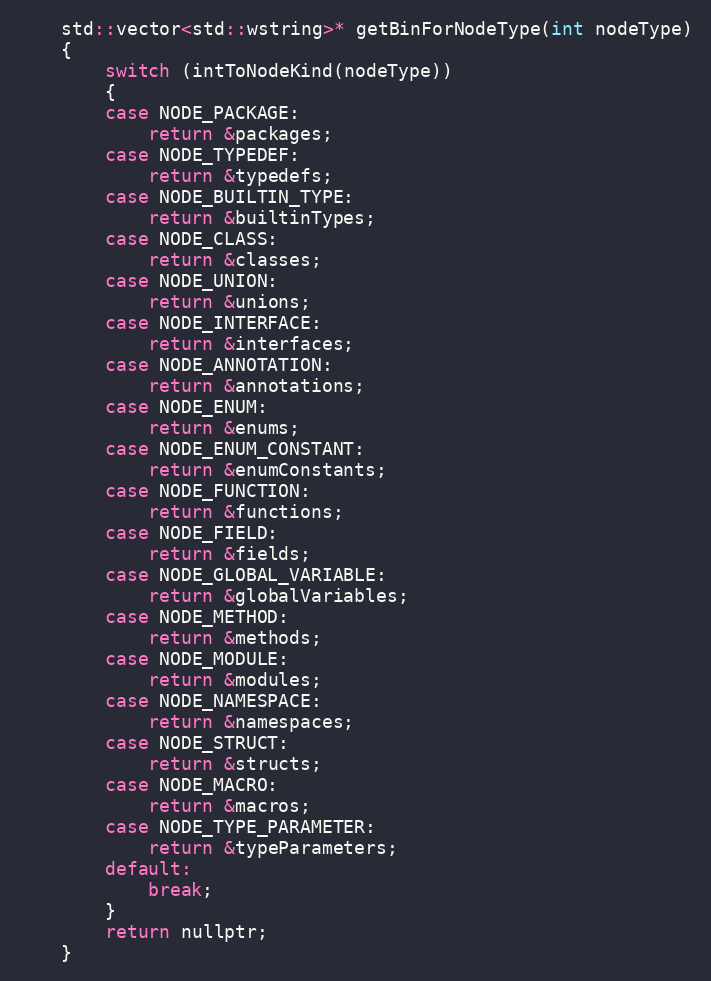
Language: C
	std::vector<std::wstring>* getBinForNodeType(int nodeType)
	{
		switch (intToNodeKind(nodeType))
		{
		case NODE_PACKAGE:
			return &packages;
		case NODE_TYPEDEF:
			return &typedefs;
		case NODE_BUILTIN_TYPE:
			return &builtinTypes;
		case NODE_CLASS:
			return &classes;
		case NODE_UNION:
			return &unions;
		case NODE_INTERFACE:
			return &interfaces;
		case NODE_ANNOTATION:
			return &annotations;
		case NODE_ENUM:
			return &enums;
		case NODE_ENUM_CONSTANT:
			return &enumConstants;
		case NODE_FUNCTION:
			return &functions;
		case NODE_FIELD:
			return &fields;
		case NODE_GLOBAL_VARIABLE:
			return &globalVariables;
		case NODE_METHOD:
			return &methods;
		case NODE_MODULE:
			return &modules;
		case NODE_NAMESPACE:
			return &namespaces;
		case NODE_STRUCT:
			return &structs;
		case NODE_MACRO:
			return &macros;
		case NODE_TYPE_PARAMETER:
			return &typeParameters;
		default:
			break;
		}
		return nullptr;
	}